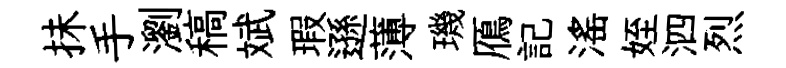
抺手瀏稿斌瑕遜薄璣鴈記滛姪泗烈